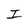
Character: I